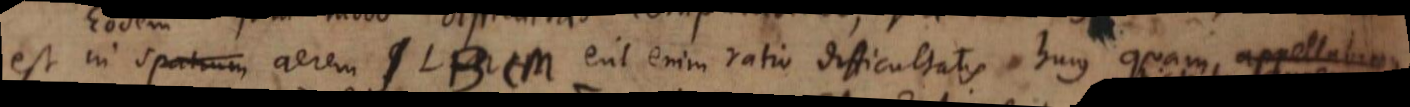
est in spatium aerem LBCM. Erit enim ratio difficultatis hujus quam appellabimus